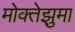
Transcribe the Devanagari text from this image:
मोक्तेझुमा